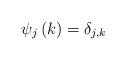
LaTeX: \begin{align*}\psi _j\left( k\right) =\delta _{j,k}\end{align*}